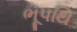
ભૂપથિ